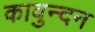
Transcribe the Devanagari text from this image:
कावुन्दन